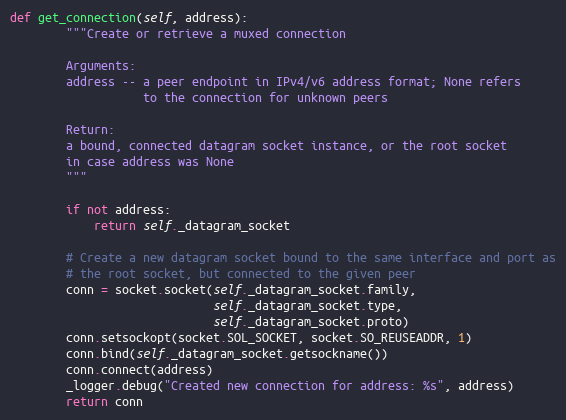
Language: Python
def get_connection(self, address):
        """Create or retrieve a muxed connection

        Arguments:
        address -- a peer endpoint in IPv4/v6 address format; None refers
                   to the connection for unknown peers

        Return:
        a bound, connected datagram socket instance, or the root socket
        in case address was None
        """

        if not address:
            return self._datagram_socket

        # Create a new datagram socket bound to the same interface and port as
        # the root socket, but connected to the given peer
        conn = socket.socket(self._datagram_socket.family,
                             self._datagram_socket.type,
                             self._datagram_socket.proto)
        conn.setsockopt(socket.SOL_SOCKET, socket.SO_REUSEADDR, 1)
        conn.bind(self._datagram_socket.getsockname())
        conn.connect(address)
        _logger.debug("Created new connection for address: %s", address)
        return conn